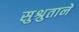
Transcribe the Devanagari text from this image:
सुश्रुताने